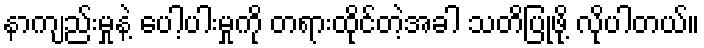
နာကျည်းမှုနဲ့ ပေါ့ပါးမှုကို တရားထိုင်တဲ့အခါ သတိပြုဖို့ လိုပါတယ်။